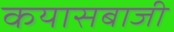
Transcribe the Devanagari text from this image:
कयासबाजी